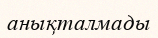
анықталмады